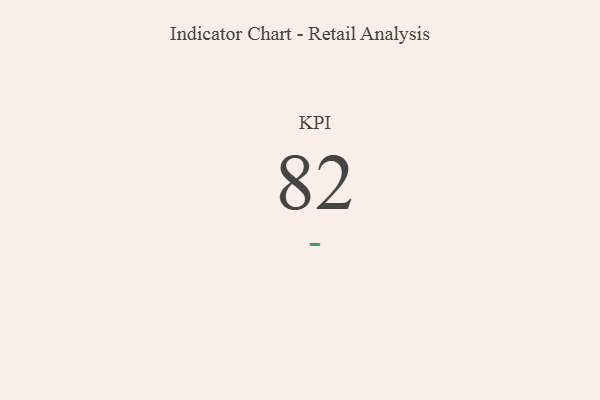
{"axis": {"x": "KPI", "y": "Value"}, "legend": [""], "data": [{"x": "KPI", "y": 82, "type": ""}]}